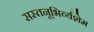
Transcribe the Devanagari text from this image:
सस्तनूभिर्व्यशेम